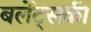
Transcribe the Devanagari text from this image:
बर्लेट्सकी